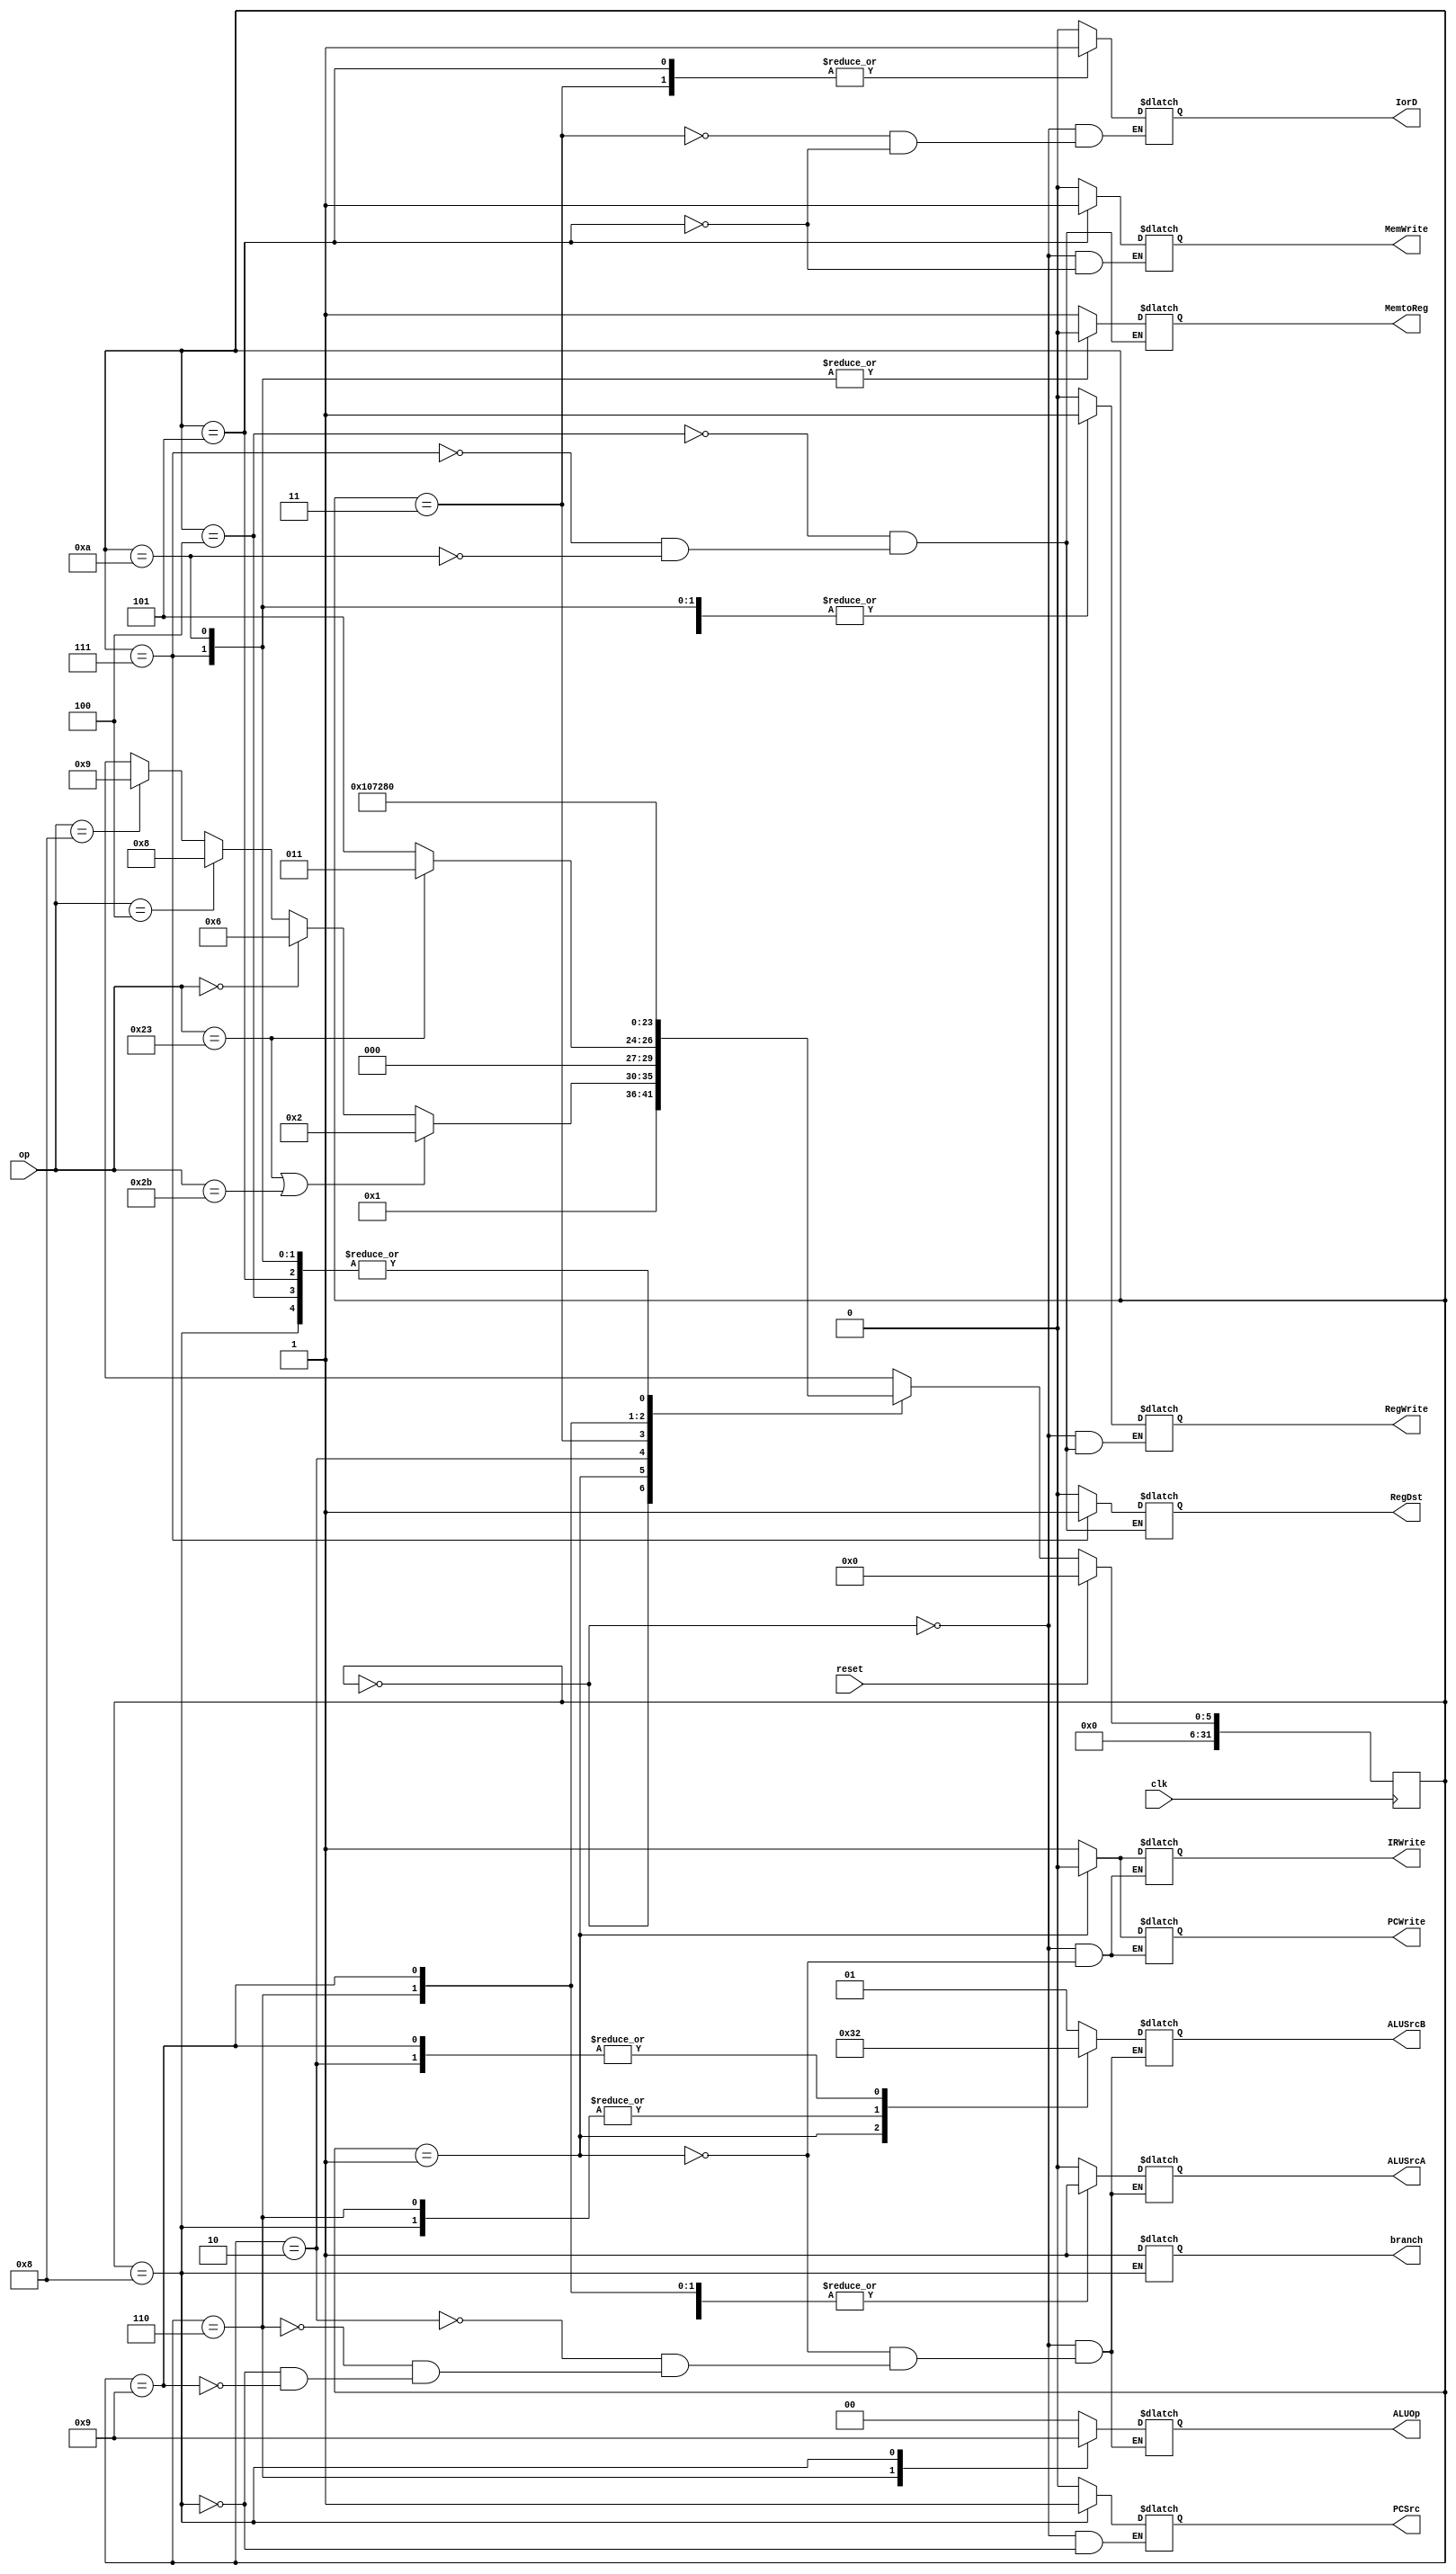
module main_decoder(input clk, reset, input [5:0] op, output reg MemtoReg, RegDst, IorD, PCSrc, output reg [1:0] ALUSrcB, output reg ALUSrcA, IRWrite, MemWrite, PCWrite, branch, RegWrite, output reg [1:0] ALUOp);

integer state, next_state;

parameter S0 = 'd0;         //fetch
parameter S1 = 'd1;         //Decode
parameter S2 = 'd2;         //MemAdr
parameter S3 = 'd3;         //MemRead
parameter S4 = 'd4;         //Mem WriteBack
parameter S5 = 'd5;         //MemWrite
parameter S6 = 'd6;         //Execute
parameter S7 = 'd7;         //ALU WriteBack
parameter S8 = 'd8;         //Branch
parameter S9 = 'd9;         //ADDI Execute
parameter S10 = 'd10;       //ADDI WriteBack

//sequential logic
always @(posedge clk) begin
    if (reset) begin
        state <= S0;
    end
    else begin
      state <= next_state;
    end
end


always @(*) begin
    case (state)
        S0: begin
            IorD <= 1'b0;
            ALUSrcA <= 1'b0;
            ALUSrcB <= 2'b01;
            ALUOp <= 2'b00;
            PCSrc <= 1'b0;
            IRWrite <= 1'b1;
            PCWrite <= 1'b1;
            RegWrite <= 1'b0;
            MemWrite <= 1'b0;
        end
        S1: begin
            ALUSrcA <= 1'b0;
            ALUSrcB <= 2'b11;
            ALUOp <= 2'b00;
            IRWrite <= 1'b0;
            PCWrite <= 1'b0;
        end
        S2: begin
            ALUSrcA <= 1'b1;
            ALUSrcB <= 2'b10;
            ALUOp <= 2'b00;
        end
        S3: begin
            IorD <= 1'b1;
        end
        S4: begin
            RegDst <= 1'b0;
            MemtoReg <= 1'b1;
            RegWrite <= 1'b1;
        end
        S5: begin
            IorD <= 1'b1;
            MemWrite <= 1'b1;
        end
        S6: begin
            ALUSrcA <= 1'b1;
            ALUSrcB <= 2'b00;
            ALUOp <= 2'b10;
        end
        S7: begin
            RegDst <= 1'b1;
            MemtoReg <= 1'b0;
            RegWrite <= 1'b1;
        end
        S8: begin
            ALUSrcA <= 1'b1;
            ALUSrcB <= 2'b00;
            ALUOp <= 2'b01;
            PCSrc <= 1'b1;
            branch <= 1'b1;
        end
        S9: begin
            ALUSrcA <= 1'b1;
            ALUSrcB <= 2'b10;
            ALUOp <= 2'b00;
        end
        S10: begin
            RegDst <= 1'b0;
            MemtoReg <= 1'b0;
            RegWrite <= 1'b1;
        end
    endcase
end


// finding next state
always @(state or op) begin
    next_state = S0;
    case (state) 
        S0: 
            next_state = S1;
        S1: 
            if (op == 6'b100011 || op == 6'b101011) begin
                next_state = S2;
            end
            else if (op == 6'b000000) begin
                next_state = S6;
            end
            else if (op == 6'b000100) begin
                next_state = S8;
            end
            else if (op == 6'b001000) begin
                next_state = S9;
            end
            else begin
                next_state = 6'bxxxxxx;
            end
        S2: 
            if (op == 6'b100011) begin
                next_state = S3;
            end
            else begin
                next_state = S5;
            end
        S3: 
            next_state = S4;
        S4: 
            next_state = S0;
        S5:
            next_state = S0;
        S6: 
            next_state = S7;
        S7:
            next_state = S0;
        S8:
            next_state = S0;
        S9:
            next_state = S10;
        S10:
            next_state = S0;
        default:
            next_state = 6'bxxxxxx;
    endcase
end
endmodule